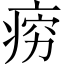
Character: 𪽱